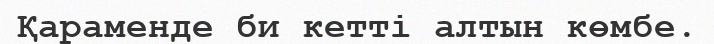
Қараменде би кетті алтын көмбе.